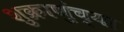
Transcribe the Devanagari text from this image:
शुक्राणुंच्या